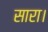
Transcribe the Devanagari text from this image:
सारा।